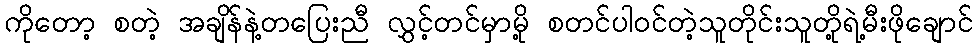
ကိုတော့ စတဲ့ အချိန်နဲ့တပြေးညီ လွှင့်တင်မှာမို့ စတင်ပါ၀င်တဲ့သူတိုင်းသူတို့ရဲ့မီးဖိုချောင်